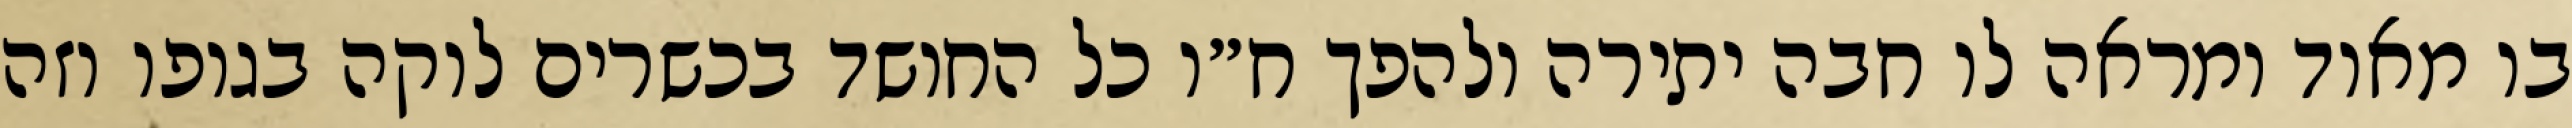
בו מאוד ומראה לו חבה יתירה ולהפך ח״ו כל החושד בכשרים לוקה בגופו וזה